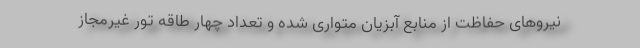
نیروهای حفاظت از منابع آبزیان متواری شده و تعداد چهار طاقه تور غیرمجاز